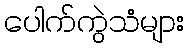
ပေါက်ကွဲသံများ